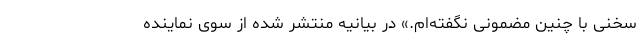
سخنی با چنین مضمونی نگفته‌ام.» در بیانیه منتشر شده از سوی نماینده